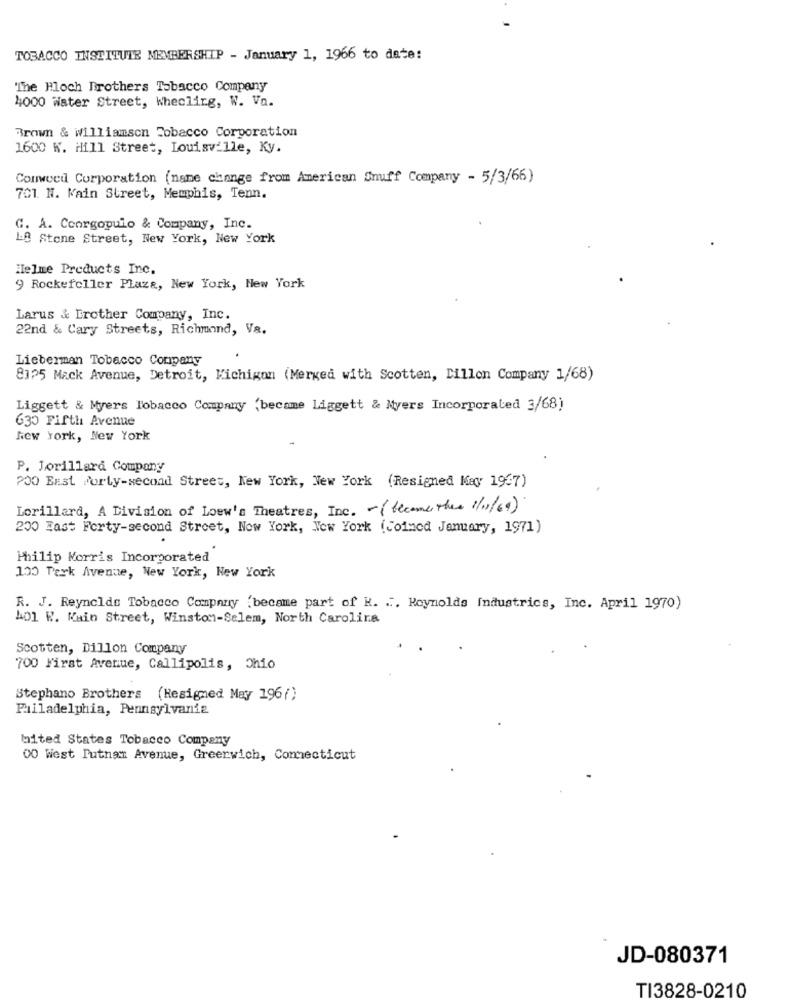
TOBACCO INSTITUTE MEMBERSHIP - January 1, 1966 to date:
"The Ploch Brothers Tobacco Company
4000 Water Street, Whecling, W. Va.
Brown & Williamson Tobacco Corporation
1600 W. Hill Street, Louisville, Ky.
Conweed Corporation (name change from American Snuff Company - 5/3/66)
701. N. Main Street, Memphis, Tenn.
G. A. Ccorgopulo & Company, Inc.
18 Stone Street, New York, New York
Helme Products Inc.
9 Rockefeller Plaza, New York, New York
Larus & Erother Company, Inc.
22nd & Cary Streets, Richmond, Va.
Lieberman Tobacco Company
8325 Mack Avenue, Detroit, Michigan (Merged with Scotten, Dillon Company 1/68)
Liggett & Myers Tobacco Company (became Liggett & Myers Incorporated 3/68)
630 Fifth Avenue
New York, New York
P. Lorillard Company
200 EEst Forty-second Street, New York, New York (Resigned Kay 1967)
Lorillard, A Division of Loew's Theatres, Inc. (become the 1/11/69)
200 East Forty-second Street, New York, New York (coined January, 1971)
Philip Morris Incorporated
130 Terk Avenue, New York, New York
R. J. Reynolds Tobacco Company (became part of R. ... Reynolds Industrics, Inc. April 1970)
401 W. Kain Street, Winston-Salem, North Carolina
Scotten, Dillon Company
700 First Avenue, Callipolis, Ohio
Stephano Brothers (Hesigned May 196/)
Philadelphia, Pennsylvania
bited States Tobacco Company
00 West Putnam Avenue, Greenwich, Connecticut
JD-080371
TI3828-0210